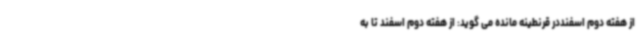
از هفته دوم اسفنددر قرنطینه مانده می گوید: از هفته دوم اسفند تا به